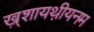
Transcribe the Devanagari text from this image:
ख़्शायथ़ीयनम